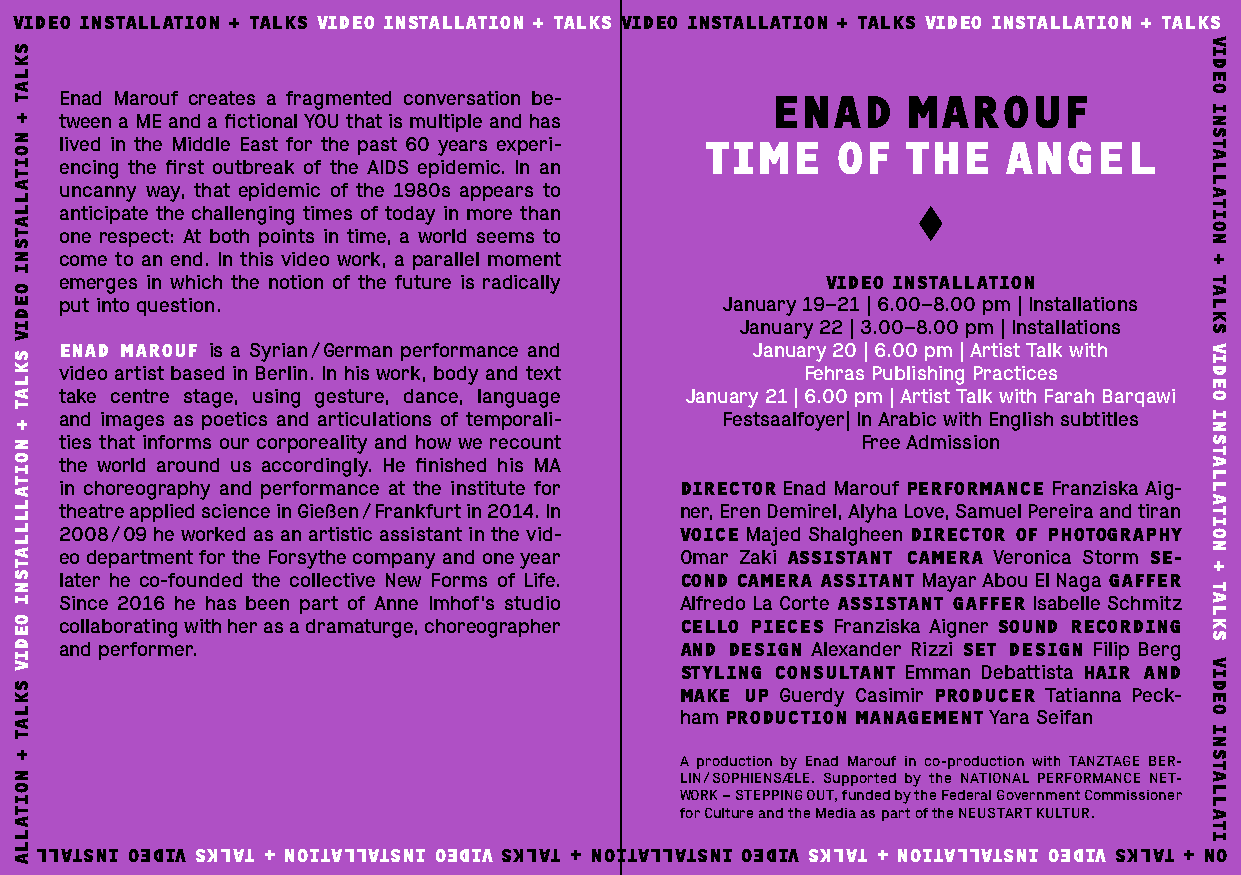
VIDEO INSTALLATION + TALKS VIDEO INSTALLATION + TALKS VIDEO INSTALLATION + TALKS VIDEO INSTALLATION + TALKS
 Enad Marouf creates a fragmented conversation be- ENAD  MAROUF
 tween a ME and a fictional YOU that is multiple and has
 lived in the Middle East for the past 60 years experi- TIME OF THE ANGEL
 encing the first outbreak of the AIDS epidemic. In an
 uncanny way, that epidemic of the 1980s appears to
 anticipate the challenging times of today in more than
 one respect: At both points in time, a world seems to
 come to an end. In this video work, a parallel moment
 emerges in which the notion of the future is radically VIDEO INSTALLATION
 put into question.                          January 19–21 | 6.00–8.00 pm | Installations
 January 22 | 3.00–8.00 pm | Installations
 ENAD MAROUF is a Syrian / German performance and January 20 | 6.00 pm | Artist Talk with
 video artist based in Berlin. In his work, body and text Fehras Publishing Practices
 take centre stage, using gesture, dance, language January 21 | 6.00 pm | Artist Talk with Farah Barqawi
 and images as poetics and articulations of temporali- Festsaalfoyer| In Arabic with English subtitles
 ties that informs our corporeality and how we recount Free Admission
 the world around us accordingly. He finished his MA
 in choreography and performance at the institute for DIRECTOR Enad Marouf PERFORMANCE Franziska Aig-
 theatre applied science in Gießen / Frankfurt in 2014. In ner, Eren Demirel, Alyha Love, Samuel Pereira and tiran
 2008 / 09 he worked as an artistic assistant in the vid- VOICE Majed Shalgheen DIRECTOR OF PHOTOGRAPHY
 eo department for the Forsythe company and one year Omar Zaki ASSISTANT CAMERA Veronica Storm SE-
 later he co-founded the collective New Forms of Life. COND CAMERA ASSITANT Mayar Abou El Naga GAFFER
 Since 2016 he has been part of Anne Imhof’s studio Alfredo La Corte ASSISTANT GAFFER Isabelle Schmitz
 collaborating with her as a dramaturge, choreographer CELLO PIECES Franziska Aigner SOUND RECORDING
 and performer.                           AND DESIGN Alexander Rizzi SET DESIGN Filip Berg
 STYLING CONSULTANT Emman Debattista HAIR AND
 MAKE UP Guerdy Casimir PRODUCER Tatianna Peck-
 ham PRODUCTION MANAGEMENT Yara Seifan
 A production by Enad Marouf in co-production with TANZTAGE BER-
 LIN / SOPHIENSÆLE. Supported by the NATIONAL PERFORMANCE NET-
 WORK – STEPPING OUT, funded by the Federal Government Commissioner
 for Culture and the Media as part of the NEUSTART KULTUR.
 LLATSNI OEDIV SKLAT + NOITALLATSNI OEDIV SKLAT + NOITALLATSNI OEDIV SKLAT + NOITALLATSNI OEDIV SKLAT + NO
 SKLAT
 +
 NOITALLATSNI
 OEDIV
 SKLAT
 +
 NOITALLLLATSNI
 OEDIV
 SKLAT
 +
 NOITALLA
 VIDEO
 INSTALLATION
 +
 TALKS
 VIDEO
 INSTALLATION
 +
 TALKS
 VIDEO
 INSTALLATI